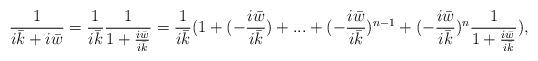
LaTeX: \begin{align*}\frac{1}{i\bar{k}+i\bar{w}}=\frac{1}{i\bar{k}}\frac{1}{1+\frac{i\bar{w}}{i\bar{k}}}=\frac{1}{i\bar{k}}(1+(-\frac{i\bar{w}}{i\bar{k}})+...+(-\frac{i\bar{w}}{i\bar{k}})^{n-1}+(-\frac{i\bar{w}}{i\bar{k}})^{n}\frac{1}{1+\frac{i\bar{w}}{i\bar{k}}}),\end{align*}